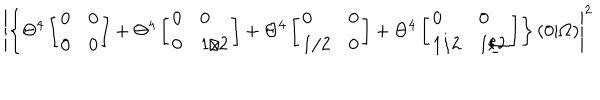
\left| \left\{ \Theta ^ { 4 } \left[ \begin{array} { l l } { { 0 } } & { { 0 } } \\ { { 0 } } & { { 0 } } \\ \end{array} \right] + \Theta ^ { 4 } \left[ \begin{array} { l l } { { 0 } } & { { 0 } } \\ { { 0 } } & { { 1 / 2 } } \\ \end{array} \right] + \Theta ^ { 4 } \left[ \begin{array} { l l } { { 0 } } & { { 0 } } \\ { { 1 / 2 } } & { { 0 } } \\ \end{array} \right] + \Theta ^ { 4 } \left[ \begin{array} { l l } { { 0 } } & { { 0 } } \\ { { 1 / 2 } } & { { 1 / 2 } } \\ \end{array} \right] \right\} ( 0 \vert \Omega ) \right| ^ { 2 }